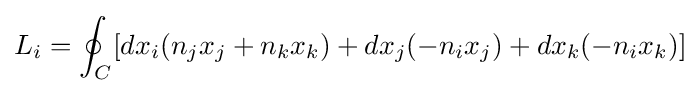
L_{i}=\oint _{C}[dx_{i}(n_{j}x_{j}+n_{k}x_{k})+dx_{j}(-n_{i}x_{j})+dx_{k}(-n_{i}x_{k})]